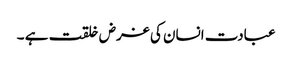
عبادت انسان کی غرض خلقت ہے ۔